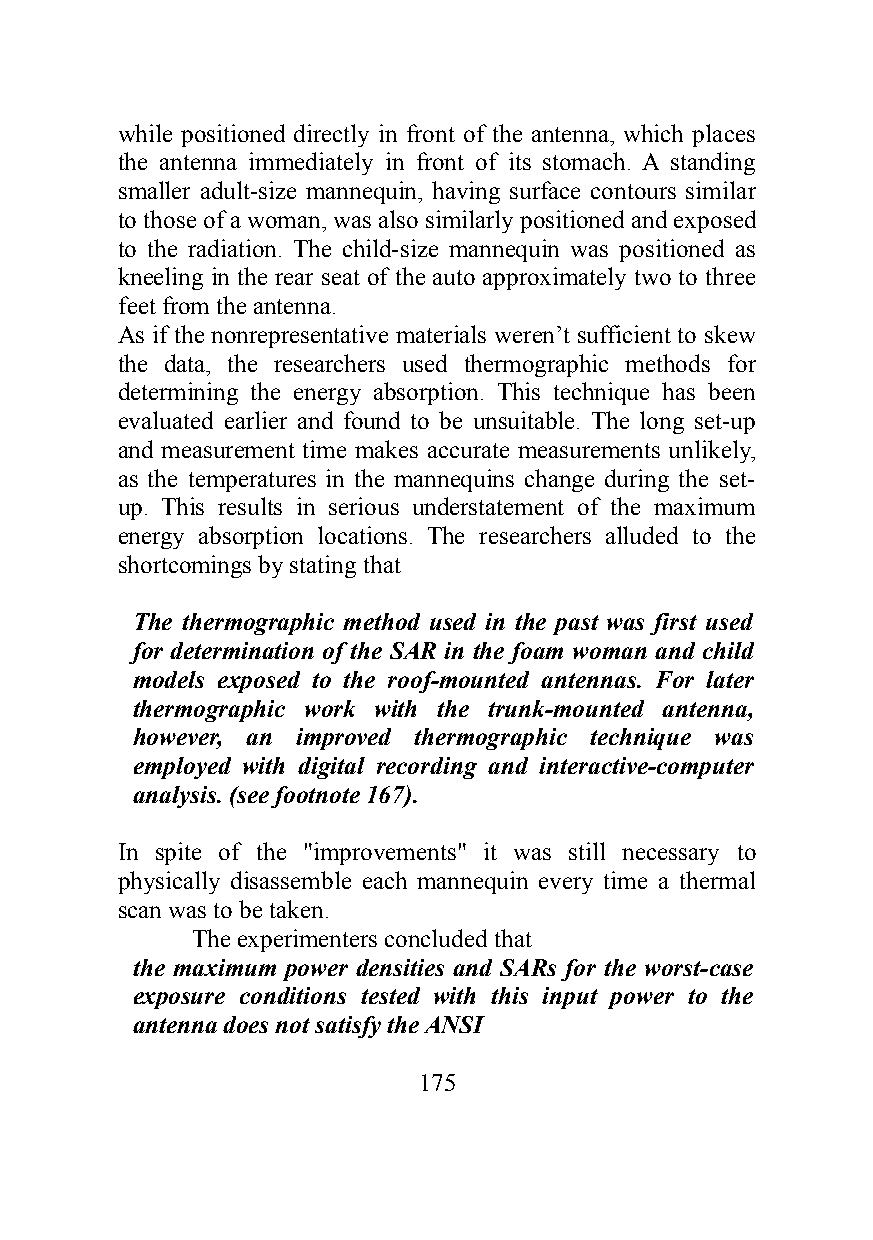
while positioned directly in front of the antenna, which places
 the antenna immediately in front of its stomach. A standing
 smaller adult-size mannequin, having surface contours similar
 to those of a woman, was also similarly positioned and exposed
 to the radiation. The child-size mannequin was positioned as
 kneeling in the rear seat of the auto approximately two to three
 feet from the antenna.
 As if the nonrepresentative materials weren’t sufficient to skew
 the data, the researchers used thermographic methods for
 determining the energy absorption. This technique has been
 evaluated earlier and found to be unsuitable. The long set-up
 and measurement time makes accurate measurements unlikely,
 as the temperatures in the mannequins change during the set-
 up. This results in serious understatement of the maximum
 energy absorption locations. The researchers alluded to the
 shortcomings by stating that
 The thermographic method used in the past was first used
 for determination of the SAR in the foam woman and child
 models exposed to the roof-mounted antennas. For later
 thermographic work with the trunk-mounted antenna,
 however, an improved thermographic technique was
 employed with digital recording and interactive-computer
 analysis. (see footnote 167).
 In spite of the "improvements" it was still necessary to
 physically disassemble each mannequin every time a thermal
 scan was to be taken.
 The experimenters concluded that
 the maximum power densities and SARs for the worst-case
 exposure conditions tested with this input power to the
 antenna does not satisfy the ANSI
 175